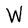
Character: W